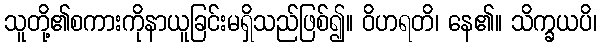
သူတို့၏စကားကိုနာယူခြင်းမရှိသည်ဖြစ်၍။ ဝိဟရတိ၊ နေ၏။ သိက္ခယပိ၊